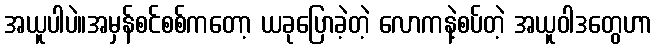
အယူပါပဲ။အမှန်စင်စစ်ကတော့ ယခုပြောခဲ့တဲ့ လောကနဲ့စပ်တဲ့ အယူဝါဒတွေဟာ